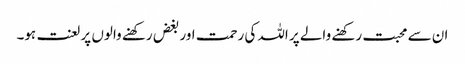
ان سے محبت رکھنے والے پر اللہ کی رحمت اور بغض رکھنے والوں پر لعنت ہو۔